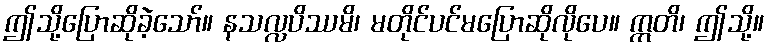
ဤသို့ပြောဆိုခဲ့သော်။ နသလ္လပိဿမိ၊ မတိုင်ပင်မပြောဆိုလိုပေ။ ဣတိ၊ ဤသို့။